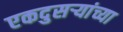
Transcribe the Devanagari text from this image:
एकदुसऱ्यांच्या